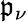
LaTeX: \mathfrak{p}_{\nu}